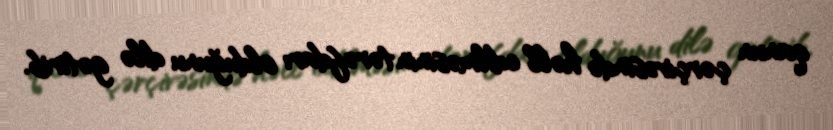
qanun çərçivəsində həll edilməsinin tərəfdarı olduğunu dilə gətirib.